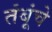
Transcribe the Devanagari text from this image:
तंबूंचे